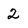
Character: 2